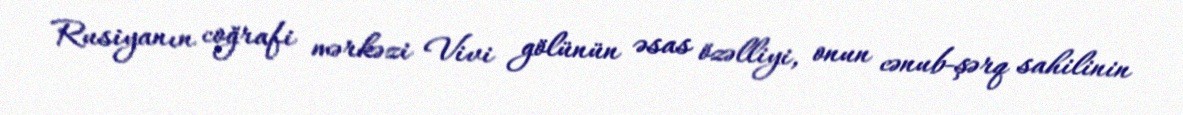
Rusiyanın coğrafi mərkəzi Vivi gölünün əsas özəlliyi, onun cənub-şərq sahilinin